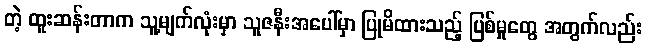
တဲ့ ထူးဆန်းတာက သူ့မျက်လုံးမှာ သူဇနီးအပေါ်မှာ ပြုမိထားသည့် ပြစ်မှုတွေ အတွက်လည်း